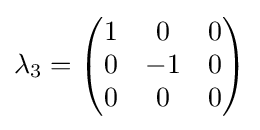
\lambda _{3}={\begin{pmatrix}1&0&0\\0&-1&0\\0&0&0\end{pmatrix}}